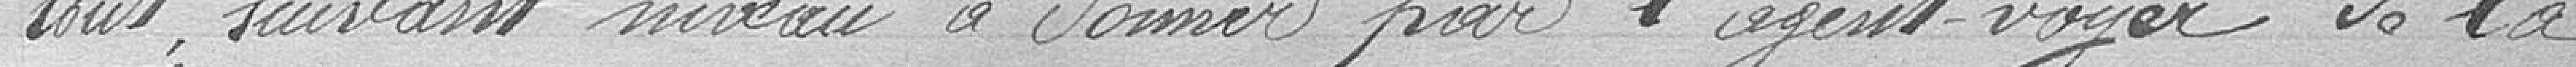
tout suivant niveau à donner par l'agent voyer de la